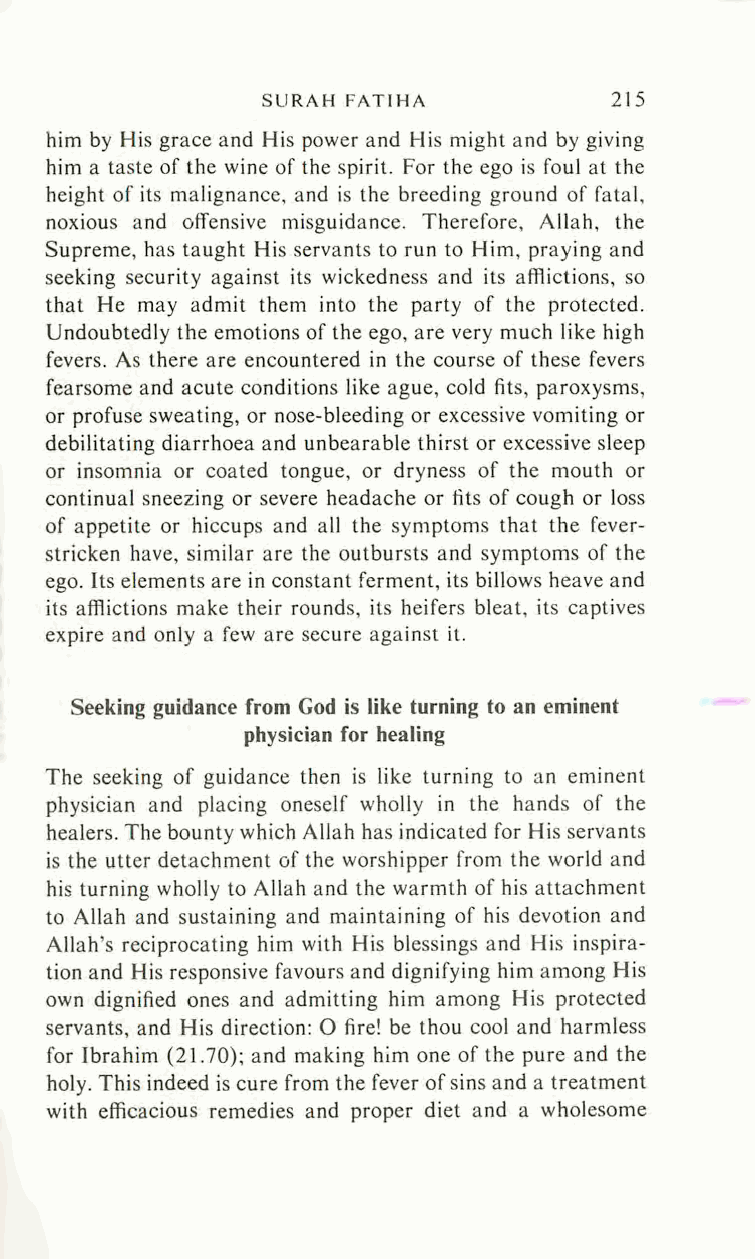
SURAH      FATIHA      215
 him by His grace and His power and His might and by giving
 him a taste of the wine of the spirit. For the ego is foul at the
 height of its malignance, and is the breeding ground of fatal,
 noxious and offensive misguidance. Therefore, Allah, the
 Supreme, has taught His servants to run to Him, praying and
 seeking security against its wickedness and its afflictions, so
 that He may admit them into the party of the protected.
 Undoubtedly the emotions of the ego, are very much like high
 fevers. As there are encountered in the course of these fevers
 fearsome and acute conditions like ague, cold fits, paroxysms,
 or profuse sweating, or nose-bleeding or excessive vomiting or
 debilitating diarrhoea and unbearable thirst or excessive sleep
 or insomnia or coated tongue, or dryness of the mouth or
 continual sneezing or severe headache or fits of cough or loss
 of appetite or hiccups and all the symptoms that the fever-
 stricken have, similar are the outbursts and symptoms of the
 ego. Its elements are in constant ferment, its billows heave and
 its afflictions make their rounds, its heifers bleat, its captives
 expire and only a few are secure against it.
 Seeking guidance from God is like turning to an eminent
 physician for healing
 The seeking of guidance then is like turning to an eminent
 physician and placing oneself wholly in the hands of the
 healers. The bounty which Allah has indicated for His servants
 is the utter detachment of the worshipper from the world and
 his turning wholly to Allah and the warmth of his attachment
 to Allah and sustaining and maintaining of his devotion and
 Allah's reciprocating him with His blessings and His inspira
 tion and His responsive favours and dignifying him among His
 own dignified ones and admitting him among His protected
 servants, and His direction: O fire! be thou cool and harmless
 for Ibrahim (21.70); and making him one of the pure and the
 holy. This indeed is cure from the fever of sins and a treatment
 with efficacious remedies and proper diet and a wholesome